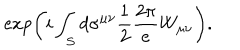
\exp \left( i \int _ { S } d \sigma ^ { \mu \nu } \frac { 1 } { 2 } \frac { 2 \pi } { e } W _ { \mu \nu } \right) .